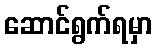
ဆောင်ရွက်ရမှာ